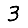
Digit: 3